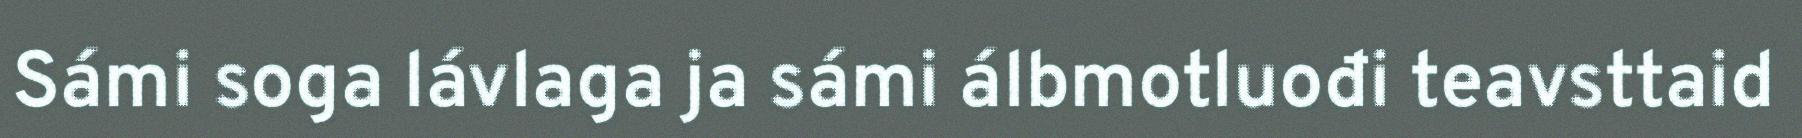
Sámi soga lávlaga ja sámi álbmotluođi teavsttaid